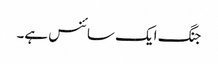
جنگ ایک سائنس ہے۔